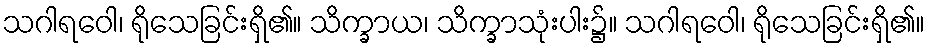
သဂါရဝေါ၊ ရိုသေခြင်းရှိ၏။ သိက္ခာယ၊ သိက္ခာသုံးပါး၌။ သဂါရဝေါ၊ ရိုသေခြင်းရှိ၏။